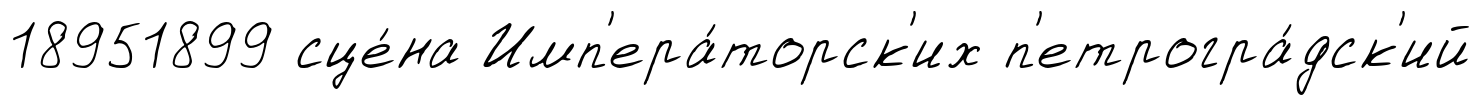
18951899 сце́на Имп'ера́торск'их п'етрогра́дск'ий